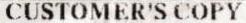
CUSTOMER'S COPY